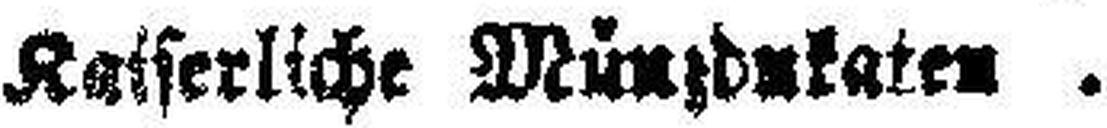
Kaiserliche Münzdukaten